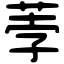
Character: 荸